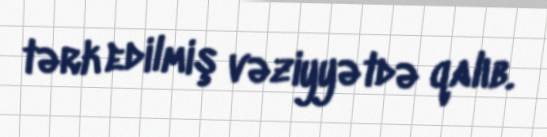
tərk edilmiş vəziyyətdə qalıb.